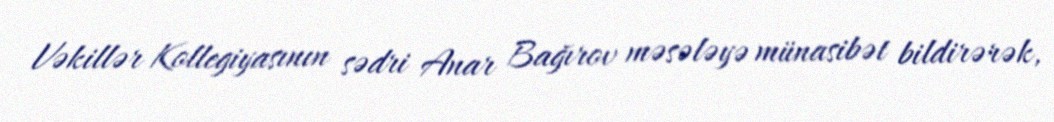
Vəkillər Kollegiyasının sədri Anar Bağırov məsələyə münasibət bildirərək,